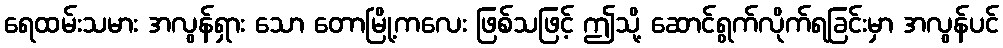
ရေထမ်းသမား အလွန်ရှား သော တောမြို့ကလေး ဖြစ်သဖြင့် ဤသို့ ဆောင်ရွက်လိုက်ရခြင်းမှာ အလွန်ပင်